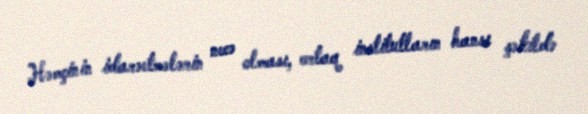
Həmçinin idarəetmələrin necə olması, ortaq institutların hansı şəkildə